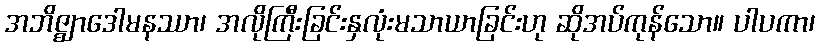
အဘိဇ္ဈာဒေါမနဿာ၊ အလိုကြီးခြင်းနှလုံးမသာယာခြင်းဟု ဆိုအပ်ကုန်သော။ ပါပကာ၊